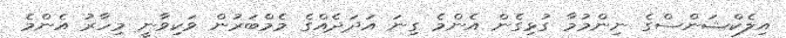
އިލެކްޝަންސްގެ ނިންމުމާ ގުޅިގެން އެންމެ ގިނަ އަދަދެއްގެ މެމްބަރުން ވަކިވާނީ މިހާރު އެންމެ